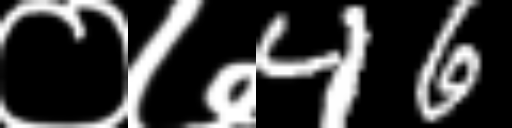
Text: ०७46